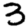
Digit: 3